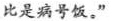
比是病号饭。